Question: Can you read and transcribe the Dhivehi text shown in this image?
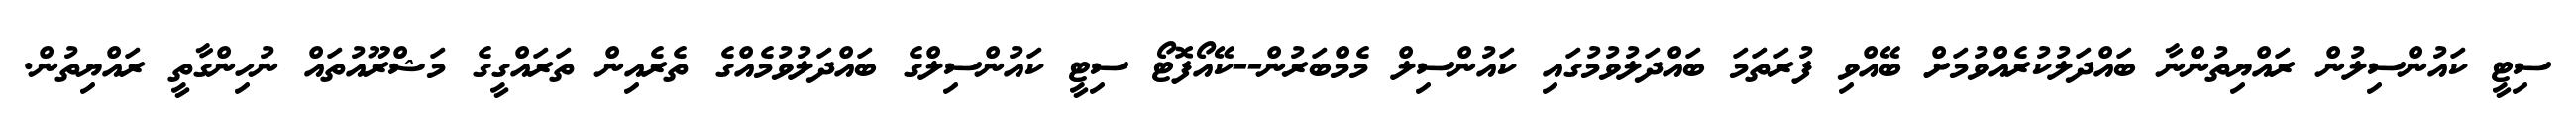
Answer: ސިޓީ ކައުންސިލުން ރައްޔިތުންނާ ބައްދަލުކުރެއްވުމަށް ބޭއްވި ފުރަތަމަ ބައްދަލުވުމުގައި ކައުންސިލް މެމްބަރުން--ކޭއޯފޮޓޯ ސިޓީ ކައުންސިލްގެ ބައްދަލުވުމެއްގެ ތެރެއިން ތަރައްގީގެ މަޝްރޫއުތައް ނުހިންގާތީ ރައްޔިތުން.